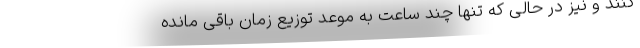
کنند و نیز در حالی که تنها چند ساعت به موعد توزیع زمان باقی مانده